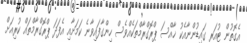
އެގޮތުން ޓުއަރ ގައިޑުންނާއެކު ޚާއްސަ ޕްރޮގްރާމްތަކެއްވެސް ހިންގާފައިވާނެ ކަމަށާއި އެފަދަ ޕްރޮގްރާމްތައް ކުރިއަށް